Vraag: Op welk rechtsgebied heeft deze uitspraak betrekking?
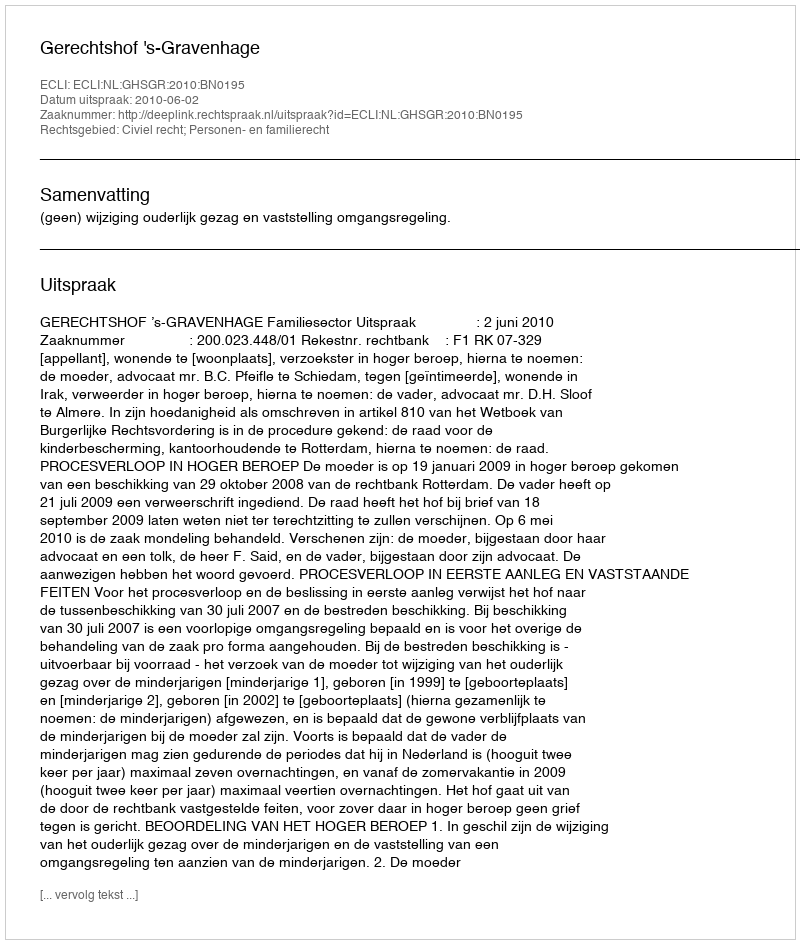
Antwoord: Civiel recht; Personen- en familierecht